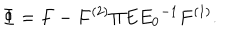
\Phi = F - F ^ { ( 2 ) } \Pi E { E _ { 0 } } ^ { - 1 } F ^ { ( 1 ) } .